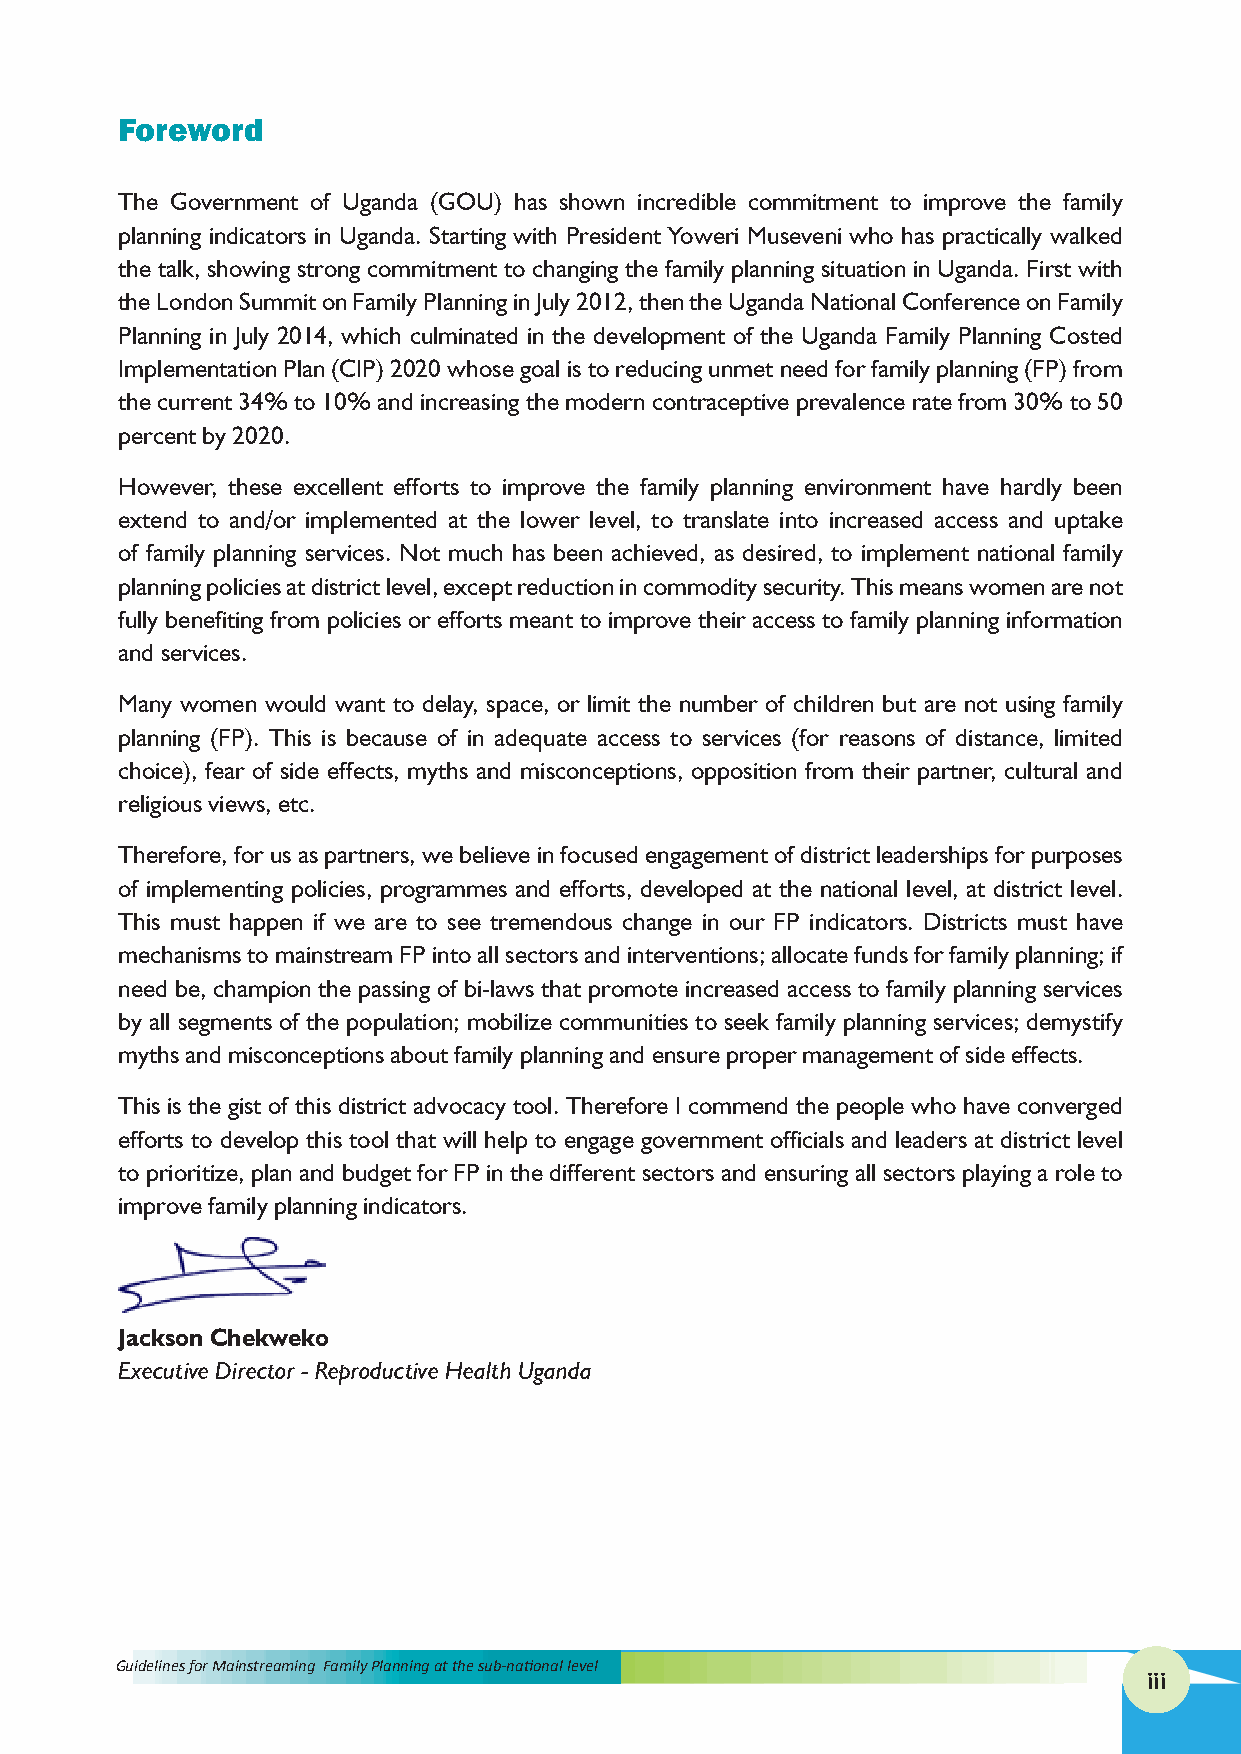
Foreword
 The Government of Uganda (GOU) has shown incredible commitment to improve the family
 planning indicators in Uganda. Starting with President Yoweri Museveni who has practically walked
 the talk, showing strong commitment to changing the family planning situation in Uganda. First with
 the London Summit on Family Planning in July 2012, then the Uganda National Conference on Family
 Planning in July 2014, which culminated in the development of the Uganda Family Planning Costed
 Implementation Plan (CIP) 2020 whose goal is to reducing unmet need for family planning (FP) from
 the current 34% to 10% and increasing the modern contraceptive prevalence rate from 30% to 50
 percent by 2020.
 However, these excellent efforts to improve the family planning environment have hardly been
 extend to and/or implemented at the lower level, to translate into increased access and uptake
 of family planning services. Not much has been achieved, as desired, to implement national family
 planning policies at district level, except reduction in commodity security. This means women are not
 fully benefiting from policies or efforts meant to improve their access to family planning information
 and services.
 Many women would want to delay, space, or limit the number of children but are not using family
 planning (FP). This is because of in adequate access to services (for reasons of distance, limited
 choice), fear of side effects, myths and misconceptions, opposition from their partner, cultural and
 religious views, etc.
 Therefore, for us as partners, we believe in focused engagement of district leaderships for purposes
 of implementing policies, programmes and efforts, developed at the national level, at district level.
 This must happen if we are to see tremendous change in our FP indicators. Districts must have
 mechanisms to mainstream FP into all sectors and interventions; allocate funds for family planning; if
 need be, champion the passing of bi-laws that promote increased access to family planning services
 by all segments of the population; mobilize communities to seek family planning services; demystify
 myths and misconceptions about family planning and ensure proper management of side effects.
 This is the gist of this district advocacy tool. Therefore I commend the people who have converged
 efforts to develop this tool that will help to engage government officials and leaders at district level
 to prioritize, plan and budget for FP in the different sectors and ensuring all sectors playing a role to
 improve family planning indicators.
 Jackson Chekweko
 Executive Director - Reproductive Health Uganda
 Guidelines for Mainstreaming Family Planning at the sub-national level
 iii